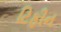
ટિફીન